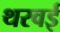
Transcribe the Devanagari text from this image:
थरवई